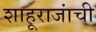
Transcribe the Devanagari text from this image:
शाहूराजांची